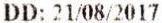
DD: 21/08/2017